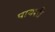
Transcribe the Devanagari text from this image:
पायशी